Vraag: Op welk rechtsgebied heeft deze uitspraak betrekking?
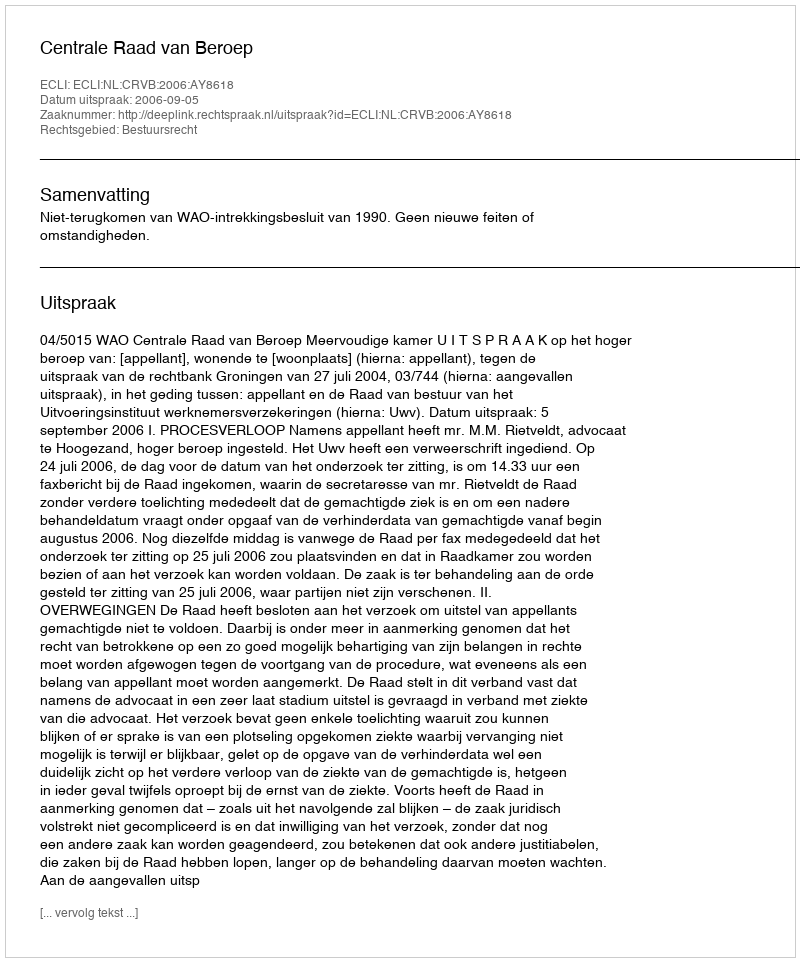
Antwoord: Bestuursrecht